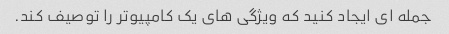
جمله ای ایجاد کنید که ویژگی های یک کامپیوتر را توصیف کند.